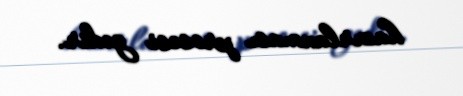
hazırlanması prosesi gedir.